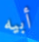
أبيه